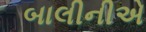
બાલીનીએ